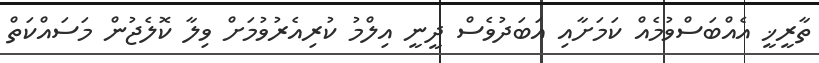
ތާރީޚީ އެއްބަސްވުމެއް ކަމަށާއި އަބަދުވެސް ދީނީ އިލްމު ކުރިއެރުވުމަށް ވިލާ ކޮލެޖުން މަސައްކަތް